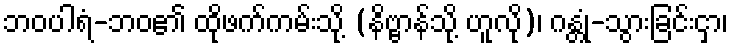
ဘဝပါရံ-ဘဝ၏ ထိုဖက်ကမ်းသို့ (နိဗ္ဗာန်သို့ ဟူလို)၊ ဂန္တုံ-သွားခြင်းငှာ၊